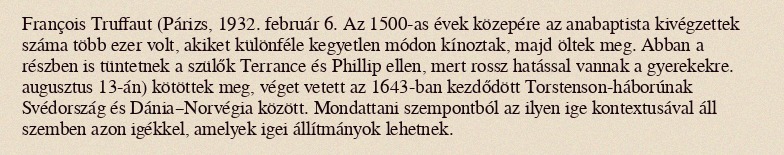
François Truffaut (Párizs, 1932. február 6. Az 1500-as évek közepére az anabaptista kivégzettek száma több ezer volt, akiket különféle kegyetlen módon kínoztak, majd öltek meg. Abban a részben is tüntetnek a szülők Terrance és Phillip ellen, mert rossz hatással vannak a gyerekekre. augusztus 13-án) kötöttek meg, véget vetett az 1643-ban kezdődött Torstenson-háborúnak Svédország és Dánia–Norvégia között. Mondattani szempontból az ilyen ige kontextusával áll szemben azon igékkel, amelyek igei állítmányok lehetnek.